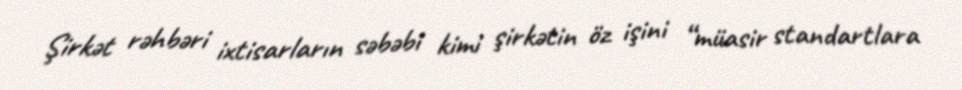
Şirkət rəhbəri ixtisarların səbəbi kimi şirkətin öz işini “müasir standartlara